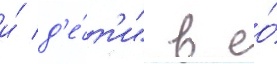
и́ д'е́т'и" в ео́